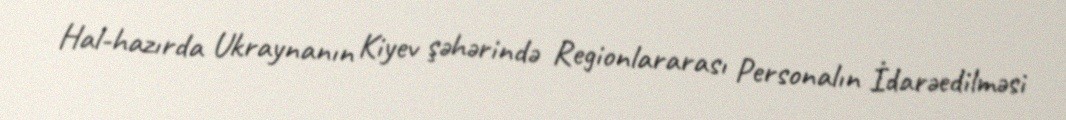
Hal-hazırda Ukraynanın Kiyev şəhərində Regionlararası Personalın İdarəedilməsi